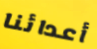
أعدائنا